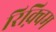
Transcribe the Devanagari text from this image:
रिक़्विम